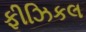
ફીઝિકલ